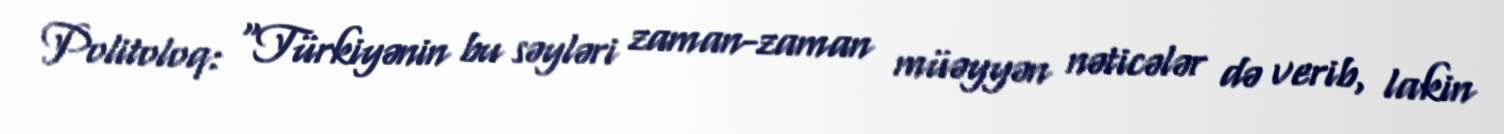
Politoloq: “Türkiyənin bu səyləri zaman-zaman müəyyən nəticələr də verib, lakin